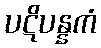
ပဋိပန္နကံ